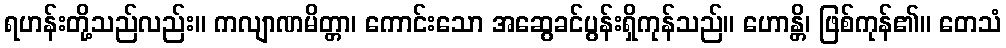
ရဟန်းတို့သည်လည်း။ ကလျာဏမိတ္တာ၊ ကောင်းသော အဆွေခင်ပွန်းရှိကုန်သည်။ ဟောန္တိ၊ ဖြစ်ကုန်၏။ တေသံ